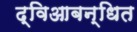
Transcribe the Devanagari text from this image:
द्विआबन्धित